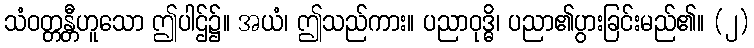
သံဝတ္တန္တီဟူသော ဤပါဌ်၌။ အယံ၊ ဤသည်ကား။ ပညာဝုဒ္ဓိ၊ ပညာ၏ပွားခြင်းမည်၏။ (၂)